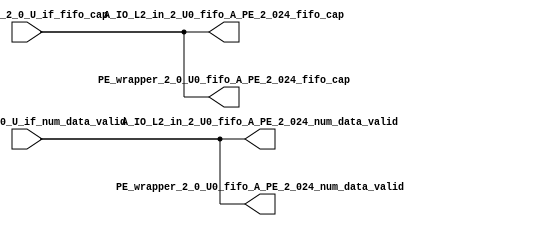
// ==================================================
// RTL generated by RapidStream
//
// Copyright 2024 RapidStream Design Automation, Inc.
// All Rights Reserved.
// ==================================================
`timescale 1 ns / 1 ps
module __rs_kernel3_aux_split_aux_11 #(
    parameter C_S_AXI_CONTROL_DATA_WIDTH  = 32,
    parameter C_S_AXI_CONTROL_ADDR_WIDTH  = 6,
    parameter C_S_AXI_DATA_WIDTH          = 32,
    parameter C_M_AXI_GMEM_A_ID_WIDTH     = 1,
    parameter C_M_AXI_GMEM_A_ADDR_WIDTH   = 64,
    parameter C_M_AXI_GMEM_A_DATA_WIDTH   = 512,
    parameter C_M_AXI_GMEM_A_AWUSER_WIDTH = 1,
    parameter C_M_AXI_GMEM_A_ARUSER_WIDTH = 1,
    parameter C_M_AXI_GMEM_A_WUSER_WIDTH  = 1,
    parameter C_M_AXI_GMEM_A_RUSER_WIDTH  = 1,
    parameter C_M_AXI_GMEM_A_BUSER_WIDTH  = 1,
    parameter C_M_AXI_GMEM_A_USER_VALUE   = 0,
    parameter C_M_AXI_GMEM_A_PROT_VALUE   = 0,
    parameter C_M_AXI_GMEM_A_CACHE_VALUE  = 3,
    parameter C_M_AXI_DATA_WIDTH          = 32,
    parameter C_M_AXI_GMEM_B_ID_WIDTH     = 1,
    parameter C_M_AXI_GMEM_B_ADDR_WIDTH   = 64,
    parameter C_M_AXI_GMEM_B_DATA_WIDTH   = 512,
    parameter C_M_AXI_GMEM_B_AWUSER_WIDTH = 1,
    parameter C_M_AXI_GMEM_B_ARUSER_WIDTH = 1,
    parameter C_M_AXI_GMEM_B_WUSER_WIDTH  = 1,
    parameter C_M_AXI_GMEM_B_RUSER_WIDTH  = 1,
    parameter C_M_AXI_GMEM_B_BUSER_WIDTH  = 1,
    parameter C_M_AXI_GMEM_B_USER_VALUE   = 0,
    parameter C_M_AXI_GMEM_B_PROT_VALUE   = 0,
    parameter C_M_AXI_GMEM_B_CACHE_VALUE  = 3,
    parameter C_M_AXI_GMEM_C_ID_WIDTH     = 1,
    parameter C_M_AXI_GMEM_C_ADDR_WIDTH   = 64,
    parameter C_M_AXI_GMEM_C_DATA_WIDTH   = 512,
    parameter C_M_AXI_GMEM_C_AWUSER_WIDTH = 1,
    parameter C_M_AXI_GMEM_C_ARUSER_WIDTH = 1,
    parameter C_M_AXI_GMEM_C_WUSER_WIDTH  = 1,
    parameter C_M_AXI_GMEM_C_RUSER_WIDTH  = 1,
    parameter C_M_AXI_GMEM_C_BUSER_WIDTH  = 1,
    parameter C_M_AXI_GMEM_C_USER_VALUE   = 0,
    parameter C_M_AXI_GMEM_C_PROT_VALUE   = 0,
    parameter C_M_AXI_GMEM_C_CACHE_VALUE  = 3,
    parameter C_S_AXI_CONTROL_WSTRB_WIDTH = 4,
    parameter C_S_AXI_WSTRB_WIDTH         = 4,
    parameter C_M_AXI_GMEM_A_WSTRB_WIDTH  = 64,
    parameter C_M_AXI_WSTRB_WIDTH         = 4,
    parameter C_M_AXI_GMEM_B_WSTRB_WIDTH  = 64,
    parameter C_M_AXI_GMEM_C_WSTRB_WIDTH  = 64
) (
    output wire [1:0] A_IO_L2_in_2_U0_fifo_A_PE_2_024_fifo_cap,
    output wire [1:0] A_IO_L2_in_2_U0_fifo_A_PE_2_024_num_data_valid,
    output wire [1:0] PE_wrapper_2_0_U0_fifo_A_PE_2_024_fifo_cap,
    output wire [1:0] PE_wrapper_2_0_U0_fifo_A_PE_2_024_num_data_valid,
    input wire  [1:0] fifo_A_PE_2_0_U_if_fifo_cap,
    input wire  [1:0] fifo_A_PE_2_0_U_if_num_data_valid
);
assign A_IO_L2_in_2_U0_fifo_A_PE_2_024_fifo_cap = fifo_A_PE_2_0_U_if_fifo_cap;
assign A_IO_L2_in_2_U0_fifo_A_PE_2_024_num_data_valid = fifo_A_PE_2_0_U_if_num_data_valid;
assign PE_wrapper_2_0_U0_fifo_A_PE_2_024_fifo_cap = fifo_A_PE_2_0_U_if_fifo_cap;
assign PE_wrapper_2_0_U0_fifo_A_PE_2_024_num_data_valid = fifo_A_PE_2_0_U_if_num_data_valid;
endmodule